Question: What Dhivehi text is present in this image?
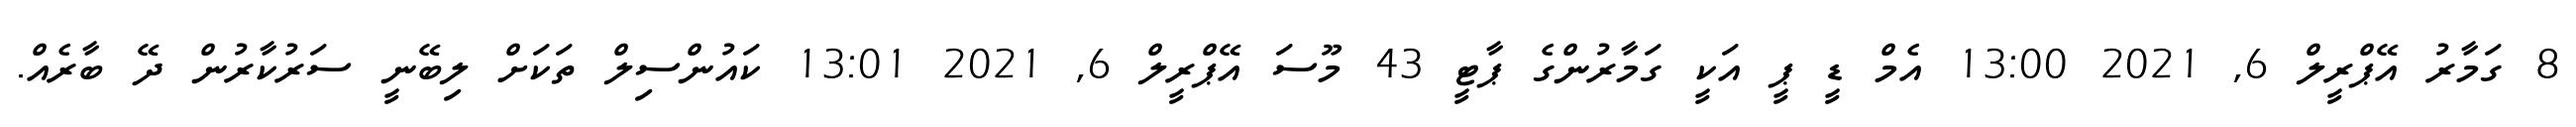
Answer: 8 ގަމާރު އޭޕްރީލް 6, 2021 13:00 އެމް ޑީ ޕީ އަކީ ގަމާރުންގެ ޕާޓީ 43 މޫސަ އޭޕްރީލް 6, 2021 13:01 ކައުންސިލް ތަކަށް ލިބޭނީ ސަރުކާރުން ދޭ ބާރެއް.